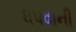
ધપવાની